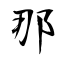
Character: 那